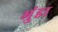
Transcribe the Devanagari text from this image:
भुंडा